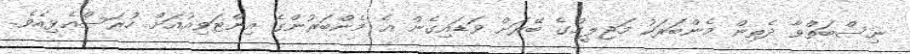
ނިސްބަތްވާ ދެތިން މެންބަރަކު މަޖިލީހުގެ ބޭރަށް ވަޑައިގެން އެ މެންބަރުންގެ އިންޓަވިއުއަށް ހުރަސްއެޅިއެވެ.